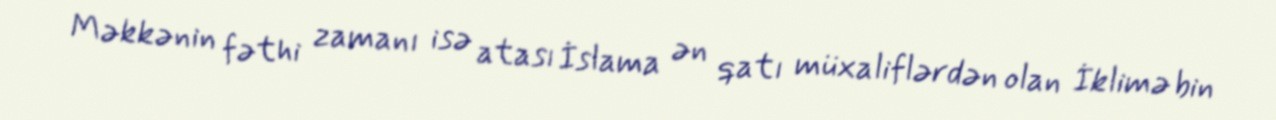
Məkkənin fəthi zamanı isə atası İslama ən qatı müxaliflərdən olan İklimə bin